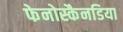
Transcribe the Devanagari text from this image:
फेनोस्कैनडिया